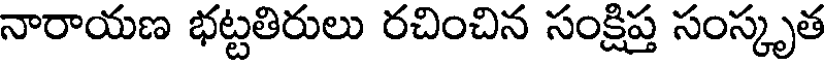
నారాయణ భట్టతిరులు రచించిన సంక్షిప్త సంస్కృత